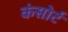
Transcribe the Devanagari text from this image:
कंसोर्ट